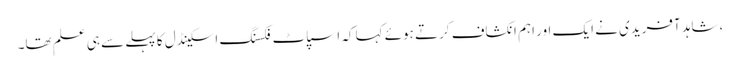
،شاہد آفریدی نے ایک اور اہم انکشاف کرتے ہوئے کہا کہ اسپاٹ فکسنگ اسکینڈل کا پہلے سے ہی علم تھا۔